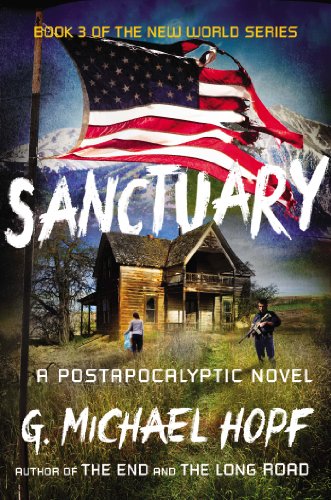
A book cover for Sanctuary: A Postapocalyptic Novel (The New World Series); G. Michael Hopf; Mystery, Thriller & Suspense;